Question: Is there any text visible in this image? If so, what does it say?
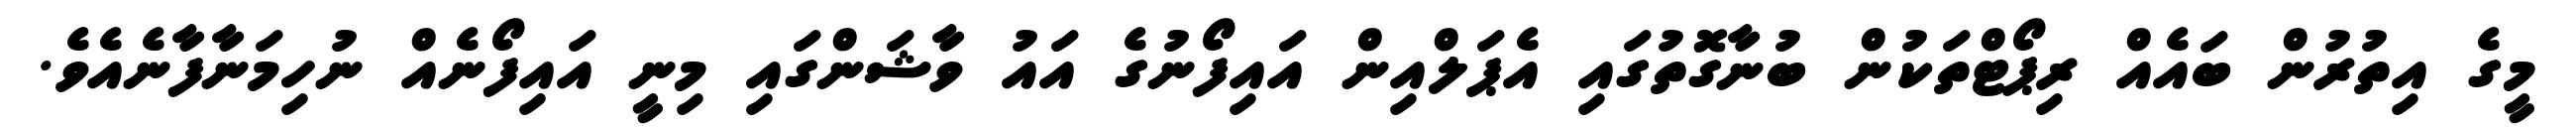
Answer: މީގެ އިތުރުން ބައެއް ރިޕޯޓްތަކުން ބުނާގޮތުގައި އެޕަލްއިން އައިފޯނުގެ އައު ވާޝަންގައި މިނީ އައިފޯނެއް ނުހިމަނާފާނެއެވެ.